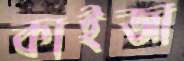
কাইজা